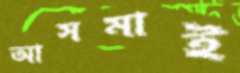
আসমাই